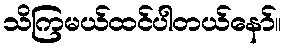
သိကြမယ်ထင်ပါတယ်နော်။